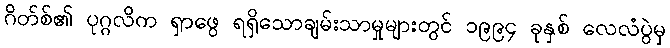
ဂိတ်စ်၏ ပုဂ္ဂလိက ရှာဖွေ ရရှိသောချမ်းသာမှုများတွင် ၁၉၉၄ ခုနှစ် လေလံပွဲမှ